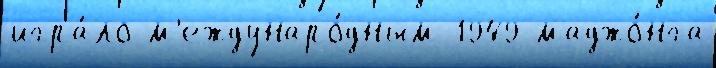
игра́ло м'еждунаро́дным 1949 маджо́нга